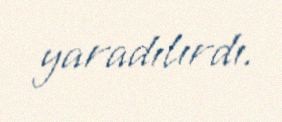
yaradılırdı.